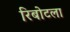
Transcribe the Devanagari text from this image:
रिबोटला